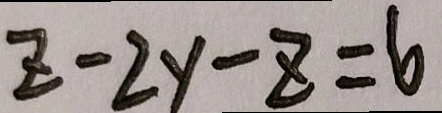
z - 2 y - z = 6